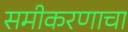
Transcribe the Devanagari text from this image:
समीकरणाचा